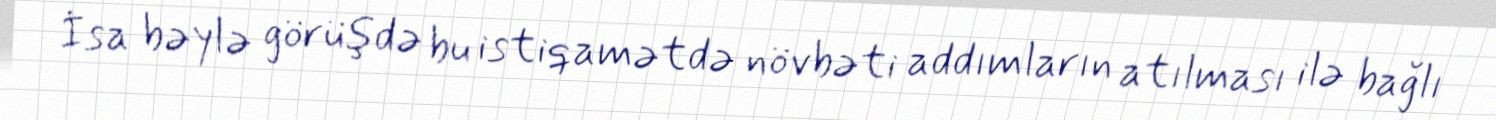
İsa bəylə görüşdə bu istiqamətdə növbəti addımların atılması ilə bağlı